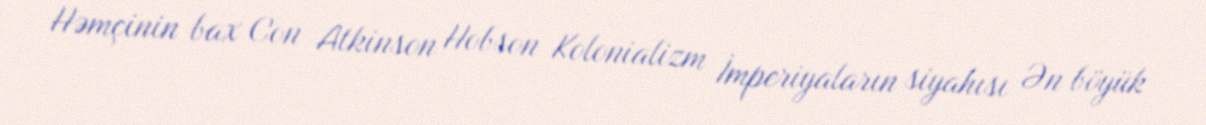
Həmçinin bax Con Atkinson Hobson Kolonializm İmperiyaların siyahısı Ən böyük